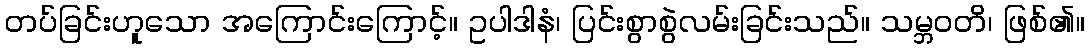
တပ်ခြင်းဟူသော အကြောင်းကြောင့်။ ဥပါဒါနံ၊ ပြင်းစွာစွဲလမ်းခြင်းသည်။ သမ္ဘဝတိ၊ ဖြစ်၏။